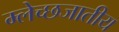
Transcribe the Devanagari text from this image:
म्लेच्छजातीय